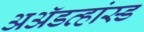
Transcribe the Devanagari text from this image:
अॲडव्हांस्ड